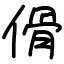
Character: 傦